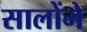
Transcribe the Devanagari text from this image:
सालोंमे